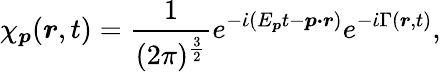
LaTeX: \chi_{\boldsymbol{p}}(\boldsymbol{r},t)=\frac{1}{(2\pi)^{\frac{3}{2}}}e^{-\dot{\iota}(E_{\boldsymbol{p}}t-\boldsymbol{p\cdot r})}e^{-\dot{\iota}\Gamma(\boldsymbol{r},t)},